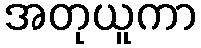
အတုယူကာ